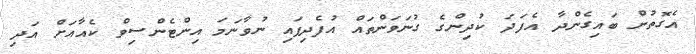
އެގޮތުން ބައިގެންދާ އެފަދަ ކުދިންގެ ގުނަވަންތައް އުފެދިފައި ނުވާނަމަ އިންޓެންސިވް ކެއާއަށް އަދި